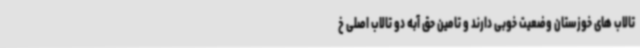
تالاب های خوزستان وضعیت خوبی دارند و تامین حق آبه دو تالاب اصلی خ